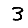
Digit: 3